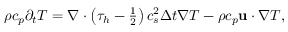
\begin{array} { r } { \rho { c _ { p } } { \partial _ { t } } T = \nabla \cdot \left( { { \tau _ { h } } - \frac { 1 } { 2 } } \right) c _ { s } ^ { 2 } \Delta t \nabla T - \rho { c _ { p } } { \bf { u } } \cdot \nabla T , } \end{array}